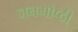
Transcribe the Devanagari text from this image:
जनगोष्ठी